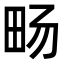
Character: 𪽈